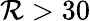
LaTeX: \mathcal{R}>30